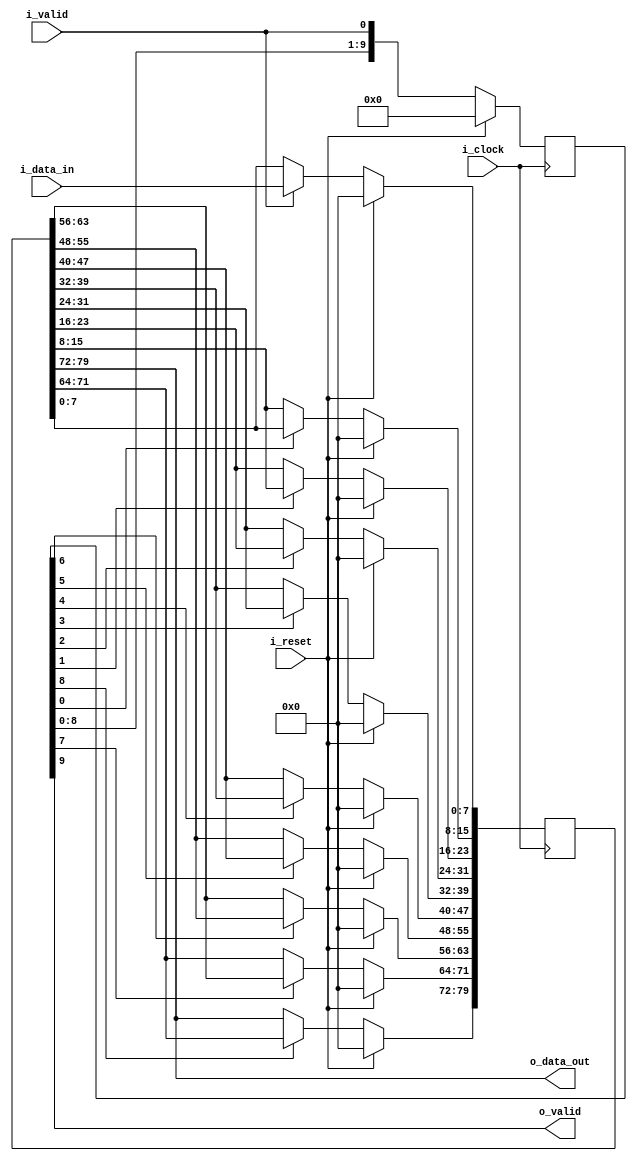
/*------------------------------------------------------------------------------
 -- Project     : CL40GC
 -------------------------------------------------------------------------------
 -- File        : common_fix_delay_line.v
 -- Author      : Ramiro R. Lopez
 -- Originator  : Clariphy Argentina S.A.
 -- Date        : 2010-Mar-27
 --
 -- Rev 0       : Initial release. RRL.
 -- Rev 1       : 20121107. Changed port declaration style.
 --
 -- $Id: common_fix_delay_line_w_del_valid.v 10343 2017-01-09 18:17:22Z gbarbiani $
 -------------------------------------------------------------------------------
 -- Description : .
 -------------------------------------------------------------------------------
 -- Copyright (C) 2009 ClariPhy Argentina S.A.  All rights reserved 
 ------------------------------------------------------------------------------*/

//`timescale  1ns/1ps

module common_fix_delay_line_w_del_valid
#(
    // PARAMETERS.
    parameter                               NB_DATA     = 8 ,
    parameter                               DELAY       = 10
)
(
    // OUTPUTS.
    output  wire    [NB_DATA-1:0]           o_data_out ,
    output  wire                            o_valid ,

    // INPUTS.
    input   wire    [NB_DATA-1:0]           i_data_in ,
    input   wire                            i_valid ,
    input   wire                            i_reset ,
    input   wire                            i_clock
);


    /*// BEGIN: Quick instance
    common_fix_delay_line_w_del_valid
    #(
        .NB_DATA        (  ),
        .DELAY          (  )
    )
    u_common_fix_delay_line_w_del_valid
    (
        .o_data_out     (  ),
        .o_valid        (  ),
        .i_data_in      (  ),
        .i_valid        (  ),
        .i_reset        (  ),
        .i_clock        (  )
    ) ;
    // END: Quick instance.*/



    // ALGORITHM BEGIN.


    generate
    //begin : gen_delay // Removed begin/end for synopsys...

        if ( DELAY <= 0 )
        begin : genif_0_delay

            assign  o_data_out  = i_data_in ;
            assign  o_valid     = i_valid ;

        end // genif_0_delay

        else if ( DELAY == 1 )
        begin : genif_1_delay

            reg             [NB_DATA-1:0]           delay_l ;
            reg                                     delay_l_valid ;

            always @( posedge i_clock )
                if ( i_reset )
                    delay_l <= { NB_DATA {1'b0} };
                else if ( i_valid )
                    delay_l <= i_data_in;

            always @( posedge i_clock )
                if ( i_reset )
                    delay_l_valid   <= 1'b0 ;
                else
                    delay_l_valid   <= i_valid ;

            assign  o_data_out  = delay_l ;
            assign  o_valid     = delay_l_valid ;

        end // genif_1_delay

        else if ( DELAY > 1 )
        begin : genif_no_01_delay

            reg             [DELAY*NB_DATA-1:0]     delay_l ;
            reg             [DELAY-1:0]             delay_l_valid ;
            integer                                 i ;

            always @( posedge i_clock )
                if ( i_reset )
                    delay_l_valid   <= { DELAY {1'b0} } ;
                else
                    delay_l_valid   <= { delay_l_valid[ DELAY-1-1 : 0 ], i_valid } ;

            always @( posedge i_clock )
                if ( i_reset )
                    delay_l         <= { DELAY*NB_DATA {1'b0} } ;
                else
                begin
                    if ( i_valid )
                        delay_l[ 0*NB_DATA +: NB_DATA ]    <= i_data_in ;
                    for ( i=1; i<DELAY; i=i+1 )
                        if ( delay_l_valid[ i-1 ] )
                            delay_l[ ( i )*NB_DATA +: NB_DATA ]    <= delay_l[ ( i-1 )*NB_DATA +: NB_DATA ] ;
                end

            assign  o_data_out  = delay_l[ DELAY*NB_DATA-1 -: NB_DATA ] ;
            assign  o_valid     = delay_l_valid[ DELAY-1 ] ;

        end // genif_no_01_delay

    //end // gen_delay
    endgenerate


endmodule // common_fix_delay_line_w_valid